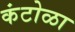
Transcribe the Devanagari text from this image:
कंटोळा